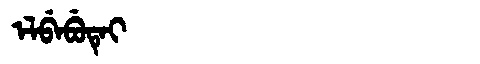
Manchu: ᡝᠯᠪᡝᠪᡠᡨᡝᡳ
Romanization: ELBEBUTEI